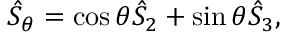
\begin{array} { r } { \hat { \cal S } _ { \theta } = \cos \theta \hat { \cal S } _ { 2 } + \sin \theta \hat { \cal S } _ { 3 } , } \end{array}